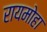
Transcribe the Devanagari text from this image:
रायमोहा